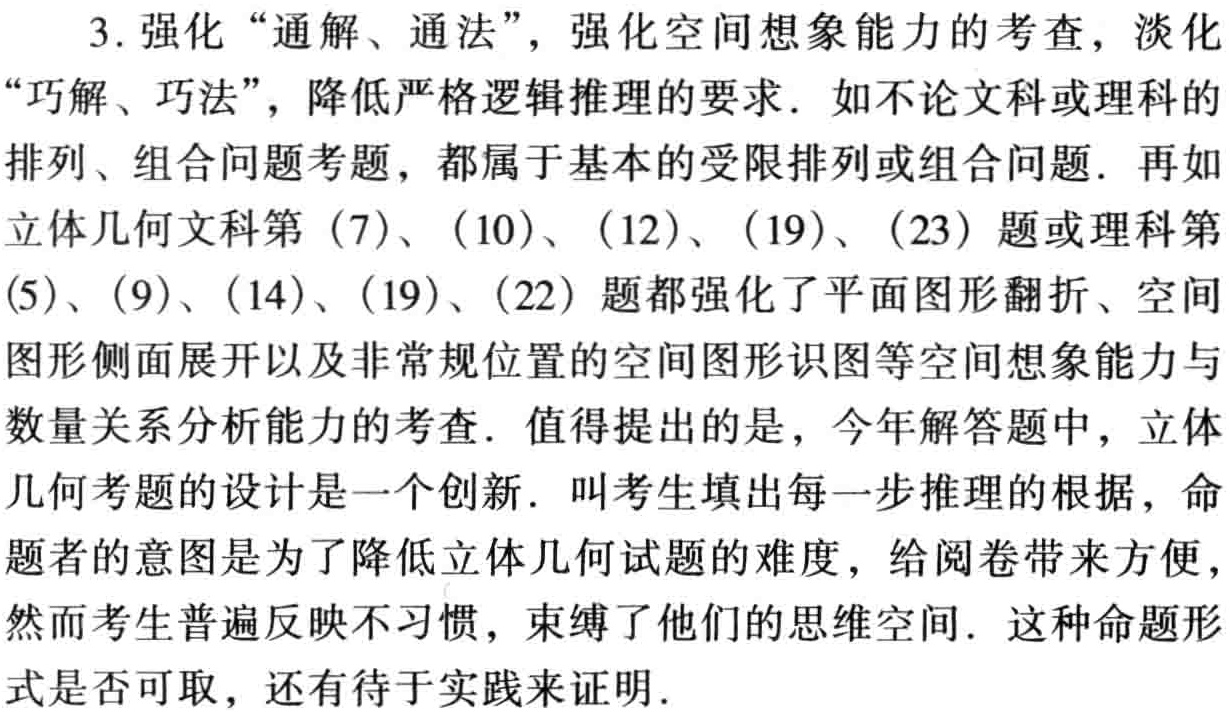
18. 解比例：\(x:4\frac{3}{4}=12:7\frac{1}{8}\)。